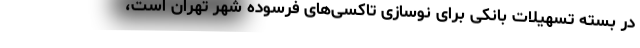
در بسته تسهیلات بانکی برای نوسازی تاکسی‌های فرسوده شهر تهران است،